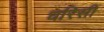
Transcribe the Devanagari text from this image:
धरिसी